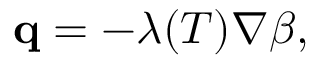
\begin{array} { r } { \mathbf q = - \lambda ( T ) \nabla \beta , } \end{array}